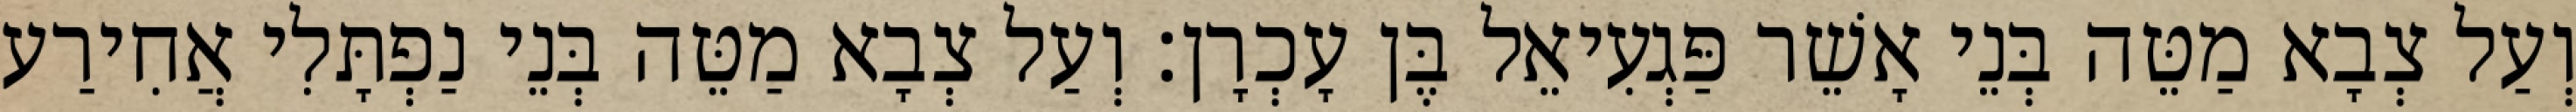
וְעַל צְבָא מַטֵּה בְּנֵי אָשֵׁר פַּגְעִיאֵל בֶּן עָכְרָן׃ וְעַל צְבָא מַטֵּה בְּנֵי נַפְתָּלִי אֲחִירַע